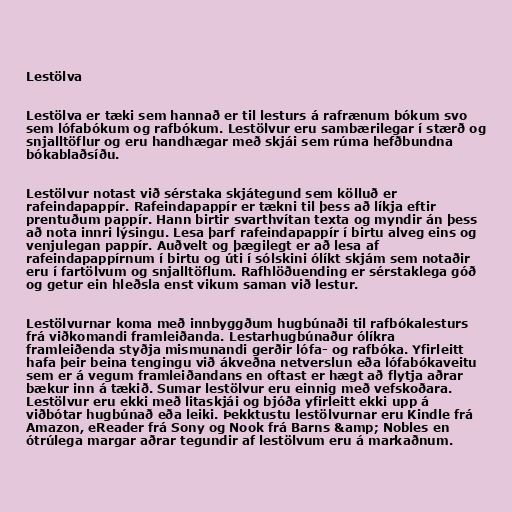
Lestölva

Lestölva er tæki sem hannað er til lesturs á rafrænum bókum svo
sem lófabókum og rafbókum. Lestölvur eru sambærilegar í stærð og
snjalltöflur og eru handhægar með skjái sem rúma hefðbundna
bókablaðsíðu.

Lestölvur notast við sérstaka skjátegund sem kölluð er
rafeindapappír. Rafeindapappír er tækni til þess að líkja eftir
prentuðum pappír. Hann birtir svarthvítan texta og myndir án þess
að nota innri lýsingu. Lesa þarf rafeindapappír í birtu alveg eins og
venjulegan pappír. Auðvelt og þægilegt er að lesa af
rafeindapappírnum í birtu og úti í sólskini ólíkt skjám sem notaðir
eru í fartölvum og snjalltöflum. Rafhlöðuending er sérstaklega góð
og getur ein hleðsla enst vikum saman við lestur.

Lestölvurnar koma með innbyggðum hugbúnaði til rafbókalesturs
frá viðkomandi framleiðanda. Lestarhugbúnaður ólíkra
framleiðenda styðja mismunandi gerðir lófa- og rafbóka. Yfirleitt
hafa þeir beina tengingu við ákveðna netverslun eða lófabókaveitu
sem er á vegum framleiðandans en oftast er hægt að flytja aðrar
bækur inn á tækið. Sumar lestölvur eru einnig með vefskoðara.
Lestölvur eru ekki með litaskjái og bjóða yfirleitt ekki upp á
viðbótar hugbúnað eða leiki. Þekktustu lestölvurnar eru Kindle frá
Amazon, eReader frá Sony og Nook frá Barns &amp; Nobles en
ótrúlega margar aðrar tegundir af lestölvum eru á markaðnum.